Indian journal of veterinary science and animal husbandry - Volumes 24-25, 1954-1955
Year: 1954
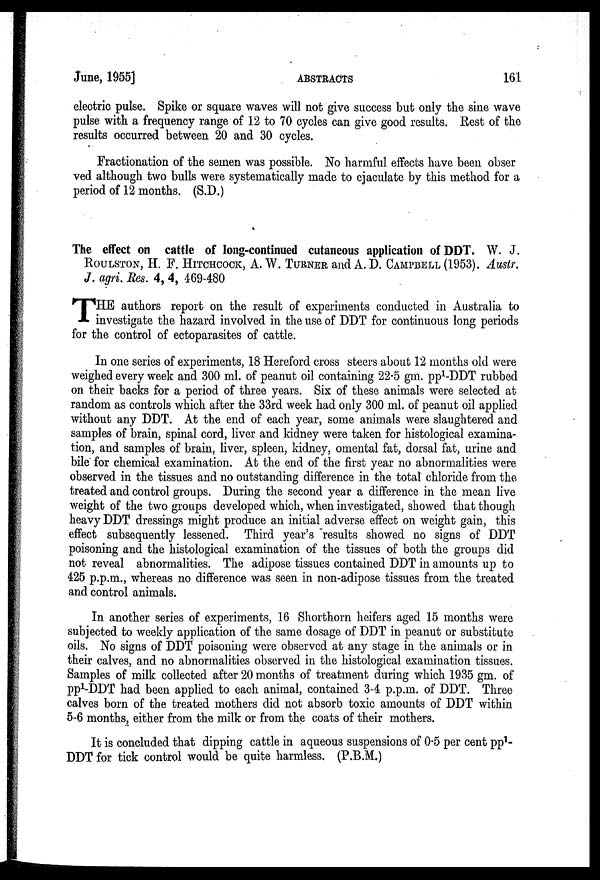
June, 1955]
ABSTRACTS
161
electric pulse. Spike or square waves will not give success but only the sine wave
pulse with a frequency range of 12 to 70 cycles can give good results. Rest of the
results occurred between 20 and 30 cycles.
Fractionation of the semen was possible. No harmful effects have been obser
ved although two bulls were systematically made to ejaculate by this method for a
period of 12 months. (S.D.)
The effect on cattle of long-continued cutaneous application of DDT. W. J.
ROULSTON, H. F. HITCHCOCK, A. W. TURNER and A. D. CAMPBELL (1953). Austr.
J. agri. Res. 4, 4, 469-480
T HE authors report on the result of experiments conducted in Australia to
investigate the hazard involved in the use of DDT for continuous long periods
for the control of ectoparasites of cattle.
In one series of experiments, 18 Hereford cross steers about 12 months old were
weighed every week and 300 ml. of peanut oil containing 22.5 gm. pp 1 -DDT rubbed
on their backs for a period of three years. Six of these animals were selected at
random as controls which after the 33rd week had only 300 ml. of peanut oil applied
without any DDT. At the end of each year, some animals were slaughtered and
samples of brain, spinal cord, liver and kidney were taken for histological examina-
tion, and samples of brain, liver, spleen, kidney, omental fat, dorsal fat, urine and
bile for chemical examination. At the end of the first year no abnormalities were
observed in the tissues and no outstanding difference in the total chloride from the
treated and control groups. During the second year a difference in the mean live
weight of the two groups developed which, when investigated, showed that though
heavy DDT dressings might produce an initial adverse effect on weight gain, this
effect subsequently lessened. Third year's results showed no signs of DDT
poisoning and the histological examination of the tissues of both the groups did
not reveal abnormalities. The adipose tissues contained DDT in amounts up to
425 p.p.m., whereas no difference was seen in non-adipose tissues from the treated
and control animals.
In another series of experiments, 16 Shorthorn heifers aged 15 months were
subjected to weekly application of the same dosage of DDT in peanut or substitute
oils. No signs of DDT poisoning were observed at any stage in the animals or in
their calves, and no abnormalities observed in the histological examination tissues.
Samples of milk collected after 20 months of treatment during which 1935 gm. of
pp 1 -DDT had been applied to each animal, contained 3-4 p.p.m. of DDT. Three
calves born of the treated mothers did not absorb toxic amounts of DDT within
5-6 months, either from the milk or from the coats of their mothers.
It is concluded that dipping cattle in aqueous suspensions of 0.5 per cent pp 1 -
DDT for tick control would be quite harmless. (P.B.M.)